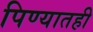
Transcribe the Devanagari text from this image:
पिण्यातही